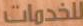
للخدمات